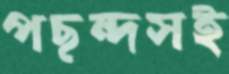
পছন্দসই